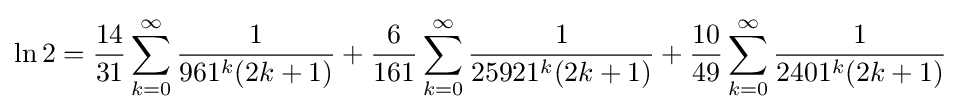
\ln 2={\frac {14}{31}}\sum _{k=0}^{\infty }{\frac {1}{961^{k}(2k+1)}}+{\frac {6}{161}}\sum _{k=0}^{\infty }{\frac {1}{25921^{k}(2k+1)}}+{\frac {10}{49}}\sum _{k=0}^{\infty }{\frac {1}{2401^{k}(2k+1)}}